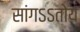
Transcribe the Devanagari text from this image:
सांगऽऽतोय